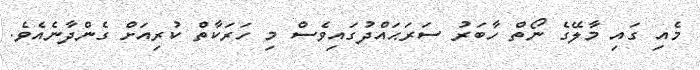
މެއި ގައި މާލޭގެ ނޯތް ހާބަރު ސަރަޙައްދުގައިވެސް މި ހަރަކާތް ކުރިއަށް ގެންދާނެއެވެ.